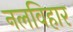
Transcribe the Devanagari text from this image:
नलविहार